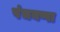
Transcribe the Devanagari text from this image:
पंचयप्पा